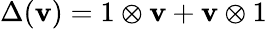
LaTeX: \Delta(\mathbf{v})=1\otimes\mathbf{v}+\mathbf{v}\otimes1